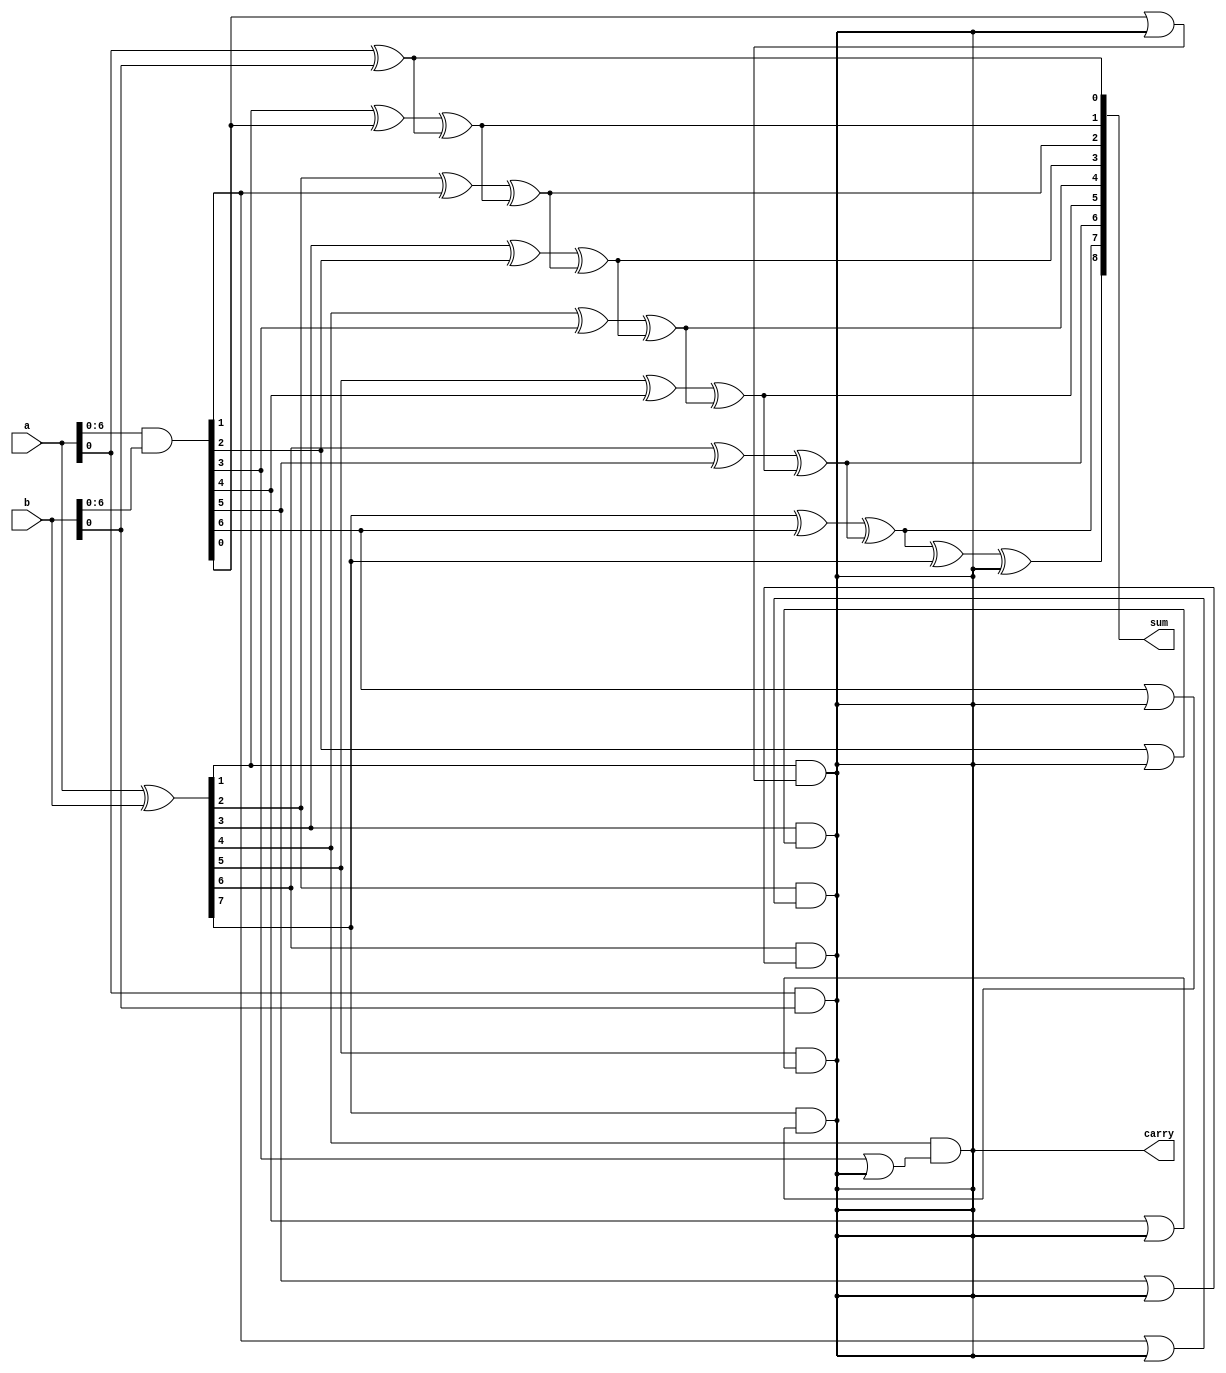
module KoggeStoneAdder (
    input wire [7:0] a,
    input wire [7:0] b,
    output wire [8:0] sum,
    output wire carry
);

wire [7:0] p, g;

assign p = a ^ b;
assign g = a & b;

assign sum[0] = a[0] ^ b[0];
assign carry = a[0] & b[0];

genvar i;

generate
    for (i = 1; i < 8; i = i + 1) begin : stages
        assign sum[i] = p[i] ^ g[i-1] ^ sum[i-1];
        assign carry = p[i] & (g[i-1] | carry);
    end
endgenerate

assign sum[8] = sum[7] ^ p[7] ^ carry;

endmodule